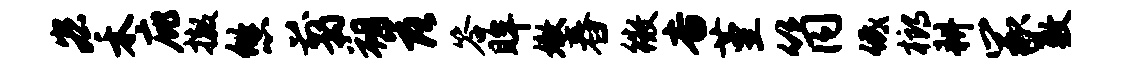
宏禾庇撤悠翦朔落答眸嫩舂徽杳堇筒低榔耕冢敷